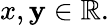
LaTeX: x,\mathbf{y}\in\mathbb{{R}}.